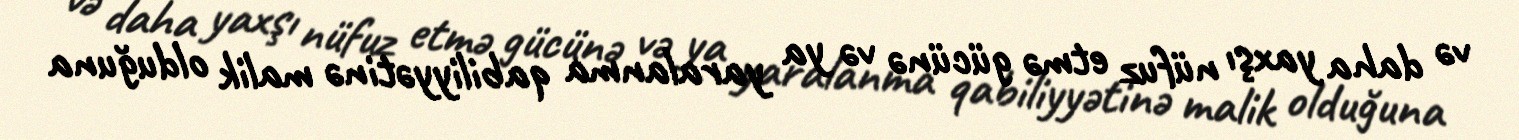
və daha yaxşı nüfuz etmə gücünə və ya yaralanma qabiliyyətinə malik olduğuna